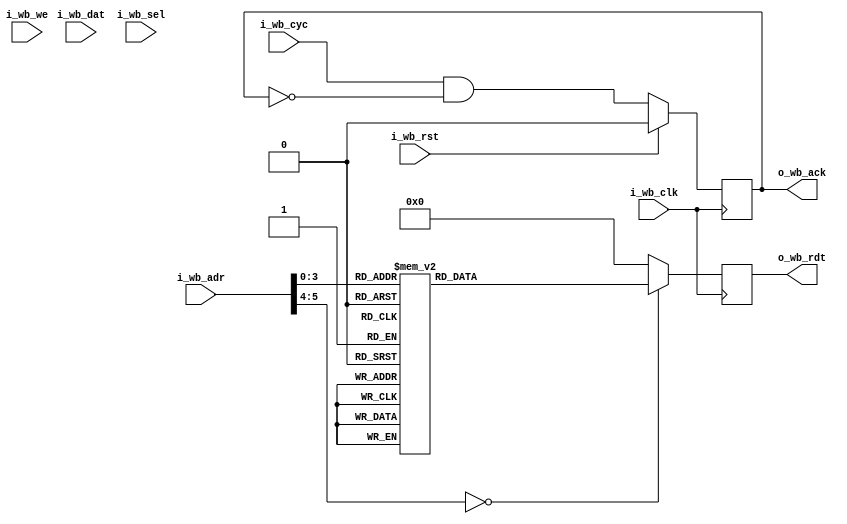
// default_nettype none

`define BLINKY_FAST
module servant_ram
  #(//Memory parameters
    parameter depth = 256,
    parameter aw    = $clog2(depth),
    parameter RESET_STRATEGY = "",
    parameter memfile = "")
   (input wire 		i_wb_clk,
    input wire 		i_wb_rst,
    input wire [aw-1:2] i_wb_adr,
    input wire [31:0] 	i_wb_dat,
    input wire [3:0] 	i_wb_sel,
    input wire 		i_wb_we,
    input wire 		i_wb_cyc,
    output reg [31:0] 	o_wb_rdt,
    output reg 		o_wb_ack);

   wire [3:0] 		we = {4{i_wb_we & i_wb_cyc}} & i_wb_sel;

   reg [31:0] 		mem [0:depth/4-1] /* verilator public */;

   wire [aw-3:0] 	addr = i_wb_adr[aw-1:2];

   always @(posedge i_wb_clk)
     if (i_wb_rst & (RESET_STRATEGY != "NONE"))
       o_wb_ack <= 1'b0;
     else
       o_wb_ack <= i_wb_cyc & !o_wb_ack;

   always @(posedge i_wb_clk) begin
      if (we[0]) mem[addr][7:0]   <= i_wb_dat[7:0];
      if (we[1]) mem[addr][15:8]  <= i_wb_dat[15:8];
      if (we[2]) mem[addr][23:16] <= i_wb_dat[23:16];
      if (we[3]) mem[addr][31:24] <= i_wb_dat[31:24];
//       o_wb_rdt <= mem[addr];
   end


    always @ (posedge i_wb_clk)
    begin
      case (addr)


`ifdef BLINKY_FAST
// blink_fast.hex
        11'd0 : o_wb_rdt <= 32'h40000537;
        11'd1 : o_wb_rdt <= 32'h00050513;
        11'd2 : o_wb_rdt <= 32'h01000313;
        11'd3 : o_wb_rdt <= 32'h00000293;
        11'd4 : o_wb_rdt <= 32'h00550023;
        11'd5 : o_wb_rdt <= 32'h0012C293;
        11'd6 : o_wb_rdt <= 32'h000073B3;
        11'd7 : o_wb_rdt <= 32'h00138393;
        11'd8 : o_wb_rdt <= 32'hFE731EE3;
        11'd9 : o_wb_rdt <= 32'hFEDFF06F;
        11'd10 : o_wb_rdt <= 32'h00000000;
`endif

`ifdef BLINKY_SLOW
// blinky_slow.hex
        11'd0 : o_wb_rdt <= 32'h40000537;
        11'd1 : o_wb_rdt <= 32'h00050513;
        11'd2 : o_wb_rdt <= 32'h00100337;
        11'd3 : o_wb_rdt <= 32'h00000293;
        11'd4 : o_wb_rdt <= 32'h00550023;
        11'd5 : o_wb_rdt <= 32'h0012C293;
        11'd6 : o_wb_rdt <= 32'h000073B3;
        11'd7 : o_wb_rdt <= 32'h00138393;
        11'd8 : o_wb_rdt <= 32'hFE731EE3;
        11'd9 : o_wb_rdt <= 32'hFEDFF06F;
        11'd10: o_wb_rdt <= 32'h00000000;
`endif        
        default: o_wb_rdt <= 32'h00000000;
      endcase
    end // always

//    initial
//      if(|memfile) begin
// `ifndef ISE
// 	$display("Preloading %m from %s", memfile);
// `endif
// 	$readmemh(memfile, mem);
//      end

endmodule